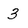
Character: 3